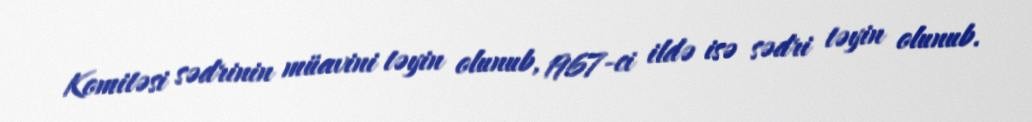
Komitəsi sədrinin müavini təyin olunub, 1967-ci ildə isə sədri təyin olunub.